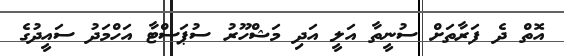
އޮތް ދެ ފަރާތަށް ސުނީތާ އަލީ އަދި މަޝްހޫރު ސުޕަސްޓާ އަހްމަދު ސައީދުގެ